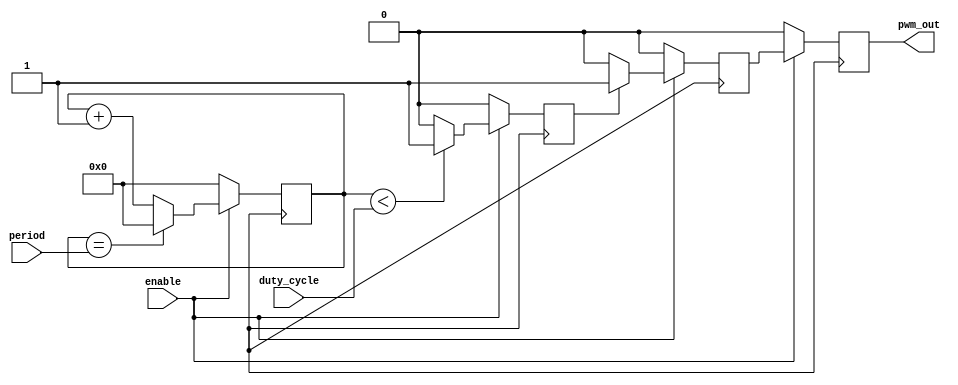
module PWM_timer (
    input wire enable,
    input wire [7:0] duty_cycle,
    input wire [7:0] period,
    output reg pwm_out
);

reg [7:0] counter;
reg comparator_out;
reg latch_out;
reg pwm_sync;

always @(posedge clk)
begin
    if (enable)
    begin
        if (counter == period)
            counter <= 0;
        else
            counter <= counter + 1;

        if (counter < duty_cycle)
            comparator_out <= 1;
        else
            comparator_out <= 0;

        if (comparator_out)
            latch_out <= 1;
        else
            latch_out <= 0;

        pwm_sync <= latch_out;
    end
    else
    begin
        counter <= 0;
        comparator_out <= 0;
        latch_out <= 0;
        pwm_sync <= 0;
    end
end

assign pwm_out = pwm_sync;

endmodule